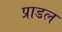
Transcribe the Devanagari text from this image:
प्राडल